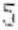
5